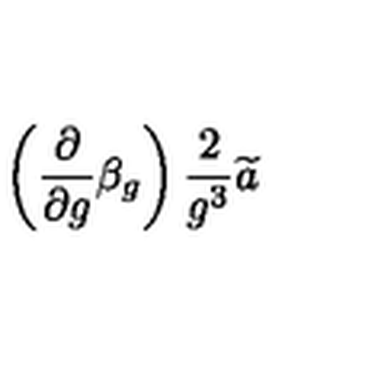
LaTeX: \left( \frac \partial { \partial g } \beta _ { g } \right) \frac 2 { g ^ { 3 } } \widetilde { a }